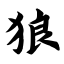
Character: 狼